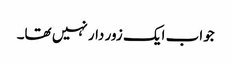
جواب ایک زور دار نہیں تھا۔